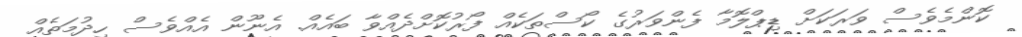
ކޮންމެވެސް ވަރަކަށް ޑިޕްލޮމާ ފެންވަރުގެ ކޯސްތަކެއް ފޯރުކޮށްދެއްވާ ބައެއް. އެނޫން އެއްވެސް ހިދުމަތެއް